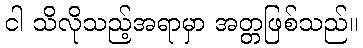
ငါ သိလိုသည့်အရာမှာ အတ္တဖြစ်သည်။